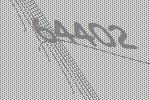
64402